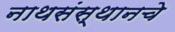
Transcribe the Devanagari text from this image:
नाथसंस्थानचे